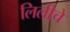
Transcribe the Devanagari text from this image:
लिलीचे